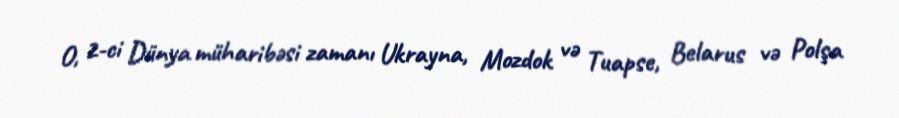
O, 2-ci Dünya müharibəsi zamanı Ukrayna, Mozdok və Tuapse, Belarus və Polşa